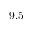
9 . 5